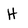
Character: H